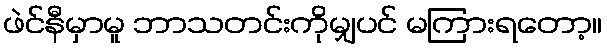
ဖဲင်နီမှာမူ ဘာသတင်းကိုမျှပင် မကြားရတော့။